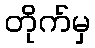
တိုက်မှ